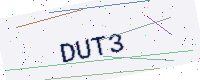
Text: DUT3